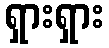
ရှားရှား